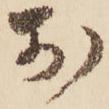
お